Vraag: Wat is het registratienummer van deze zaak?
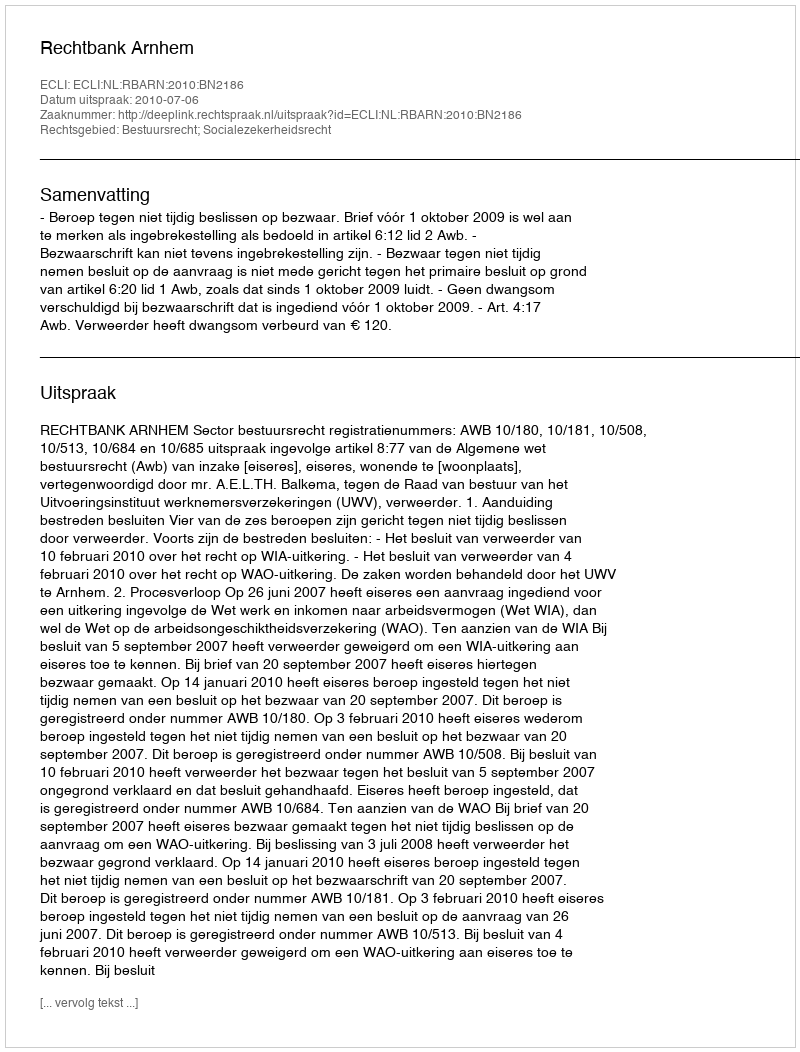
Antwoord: http://deeplink.rechtspraak.nl/uitspraak?id=ECLI:NL:RBARN:2010:BN2186